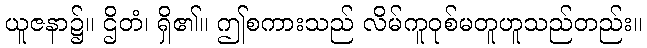
ယူဇနာ၌။ ဌိတံ၊ ရှိ၏။ ဤစကားသည် လိမ်ကူဝုစ်မတူဟူသည်တည်း။